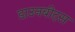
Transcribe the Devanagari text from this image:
डाउनबीट्स